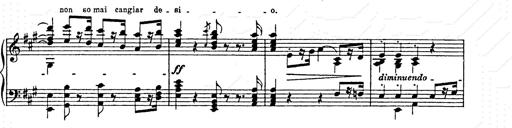
Title: AnnÃ©es de pÃ¨lerinage II
Composer: Franz Liszt